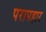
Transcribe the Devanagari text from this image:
परापहार